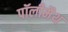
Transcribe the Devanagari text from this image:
पॉलीमैथ